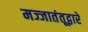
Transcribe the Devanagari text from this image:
मज्जातंतूद्वारे